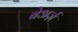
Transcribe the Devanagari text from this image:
बेअर्ज़